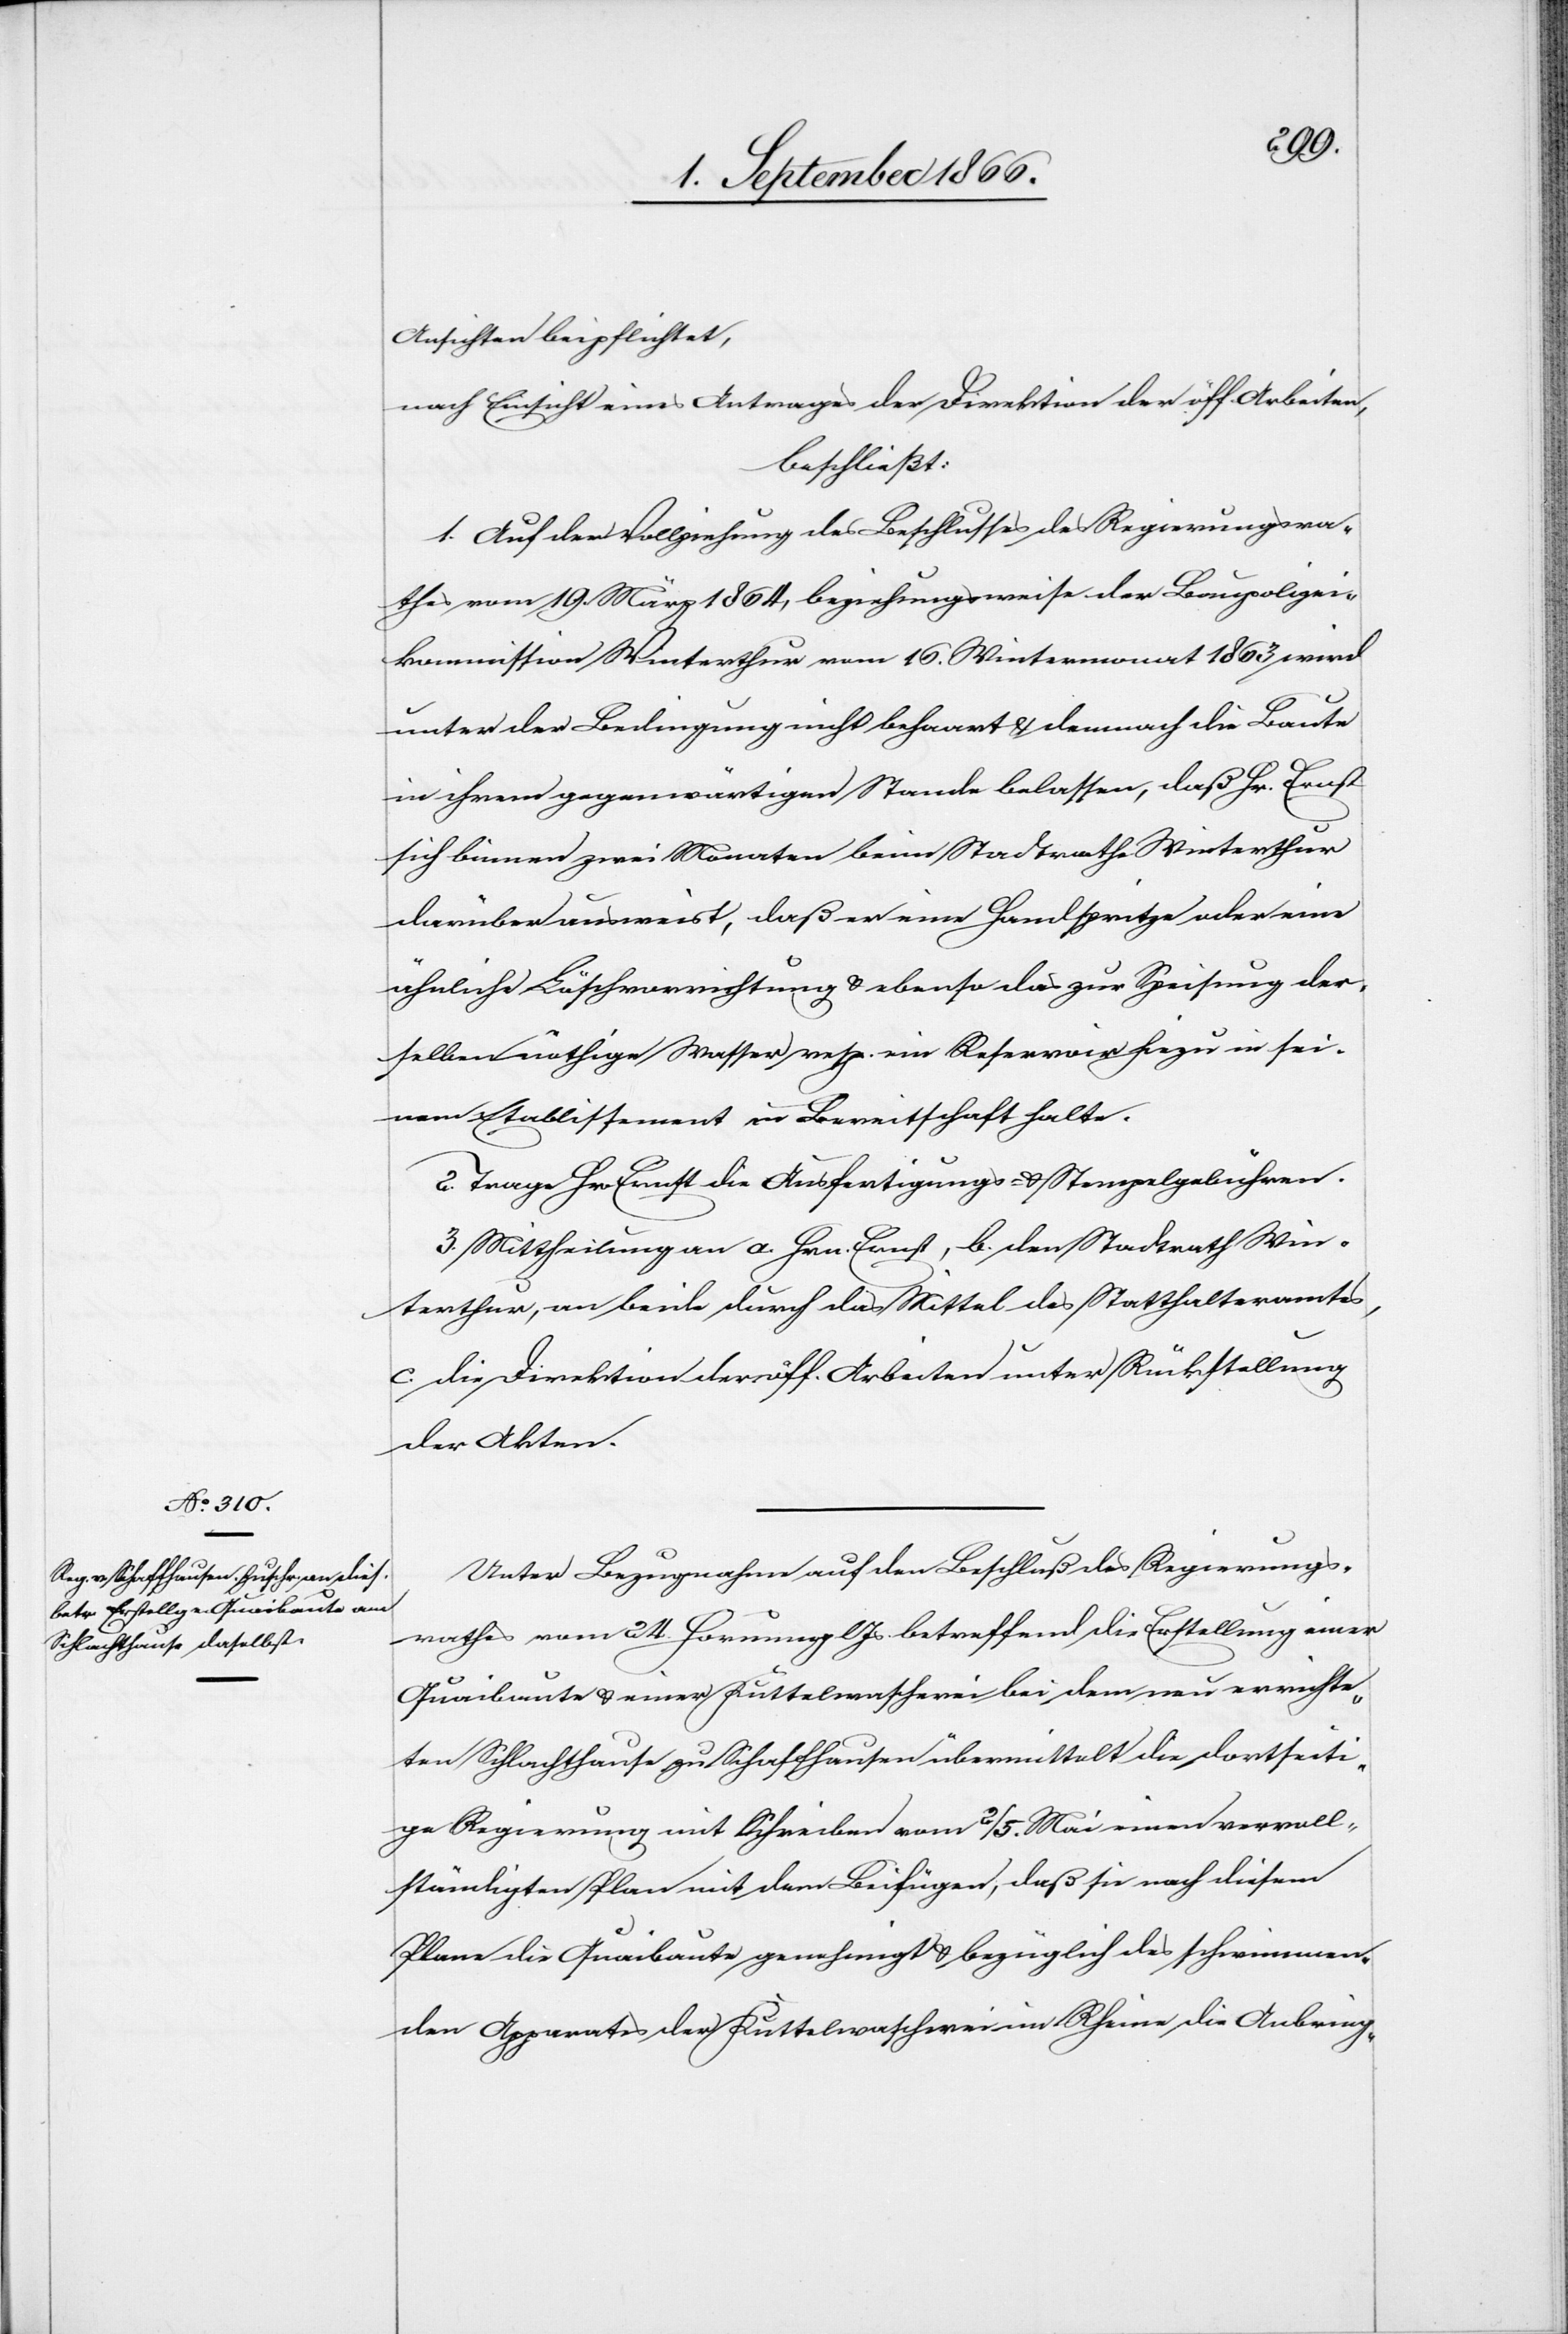
Ansichten beipflichtet,
nach Einsicht eines Antrages der Direktion der öff. Arbeiten,
beschließt:
1. Auf der Vollziehung des Beschlusses der Regierungsra¬
thes vom 19. März 1864, beziehungsweise der Baupolizei¬
kommission Winterthur vom 16. Wintermonat 1863 wird
unter der Bedingung nicht beharrt u. demnach die Baute
in ihrem gegenwärtigen Stande belassen, daß Hr. Ernst
sich binnen zwei Monaten beim Stadtrathe Winterthur
darüber ausweist, daß er eine Handspritze oder eine
ähnliche Löschvorrichtung u. ebenso das zur Spritzung der¬
selben nöthige Wasser resp. ein Reservoir hiezu in sei¬
nem Etablissement in Bereitschaft halte.
2. Trage Hr. Ernst die Ausfertigungs- u. Stempelgebühren.
3. Mittheilung an a. Hrn. Ernst, b. den Stadtrath Win¬
terthur, an beide durch das Mittel des Statthalteramtes,
c. die Direktion der öff. Arbeiten unter Rückstellung
der Akten.
Unter Bezugnahme auf den Beschluß des Regierungs¬
rathes vom 24. Hornung lJs. betreffend die Erstellung einer
Quaibaute u. einer Kuttelwascherei bei dem neu errichte¬
ten Schlachthause zu Schaffhausen übermittelt die dortseiti¬
ge Regierung mit Schreiben vom 2./5. Mai einen vervoll¬
ständigten Plan mit dem Beifügen, daß sie nach diesem
Plane die Quaibaute genehmigt u. bezüglich des schwimmen¬
den Apparates der Kuttelwascherei im Rhein die Anbring-